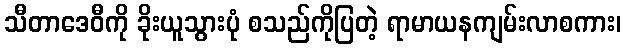
သီတာဒေဝီကို ခိုးယူသွားပုံ စသည်ကိုပြတဲ့ ရာမာယနကျမ်းလာစကား၊